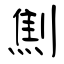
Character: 劁